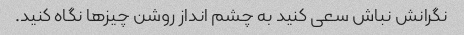
نگرانش نباش سعی کنید به چشم انداز روشن چیزها نگاه کنید.